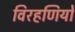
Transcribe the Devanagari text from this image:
विरहणियों